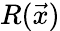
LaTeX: R(\vec{x})